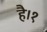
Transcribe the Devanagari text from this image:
है।१